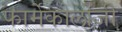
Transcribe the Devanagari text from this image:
फार्मेकोलोजी